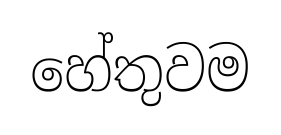
හේතුවම